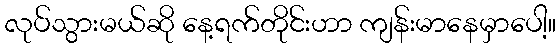
လုပ်သွားမယ်ဆို နေ့ရက်တိုင်းဟာ ကျန်းမာနေမှာပေါ့။